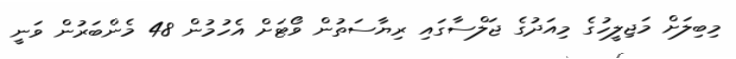
މިބިލަށް މަޖިލީހުގެ މިއަދުގެ ޖަލްސާގައި ރިޔާސަތުން ވޯޓަށް އެހުމުން 48 މެންބަރުން ވަނީ